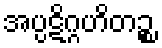
အပ္ပဋိဂ္ဂဟိတဉ္စ